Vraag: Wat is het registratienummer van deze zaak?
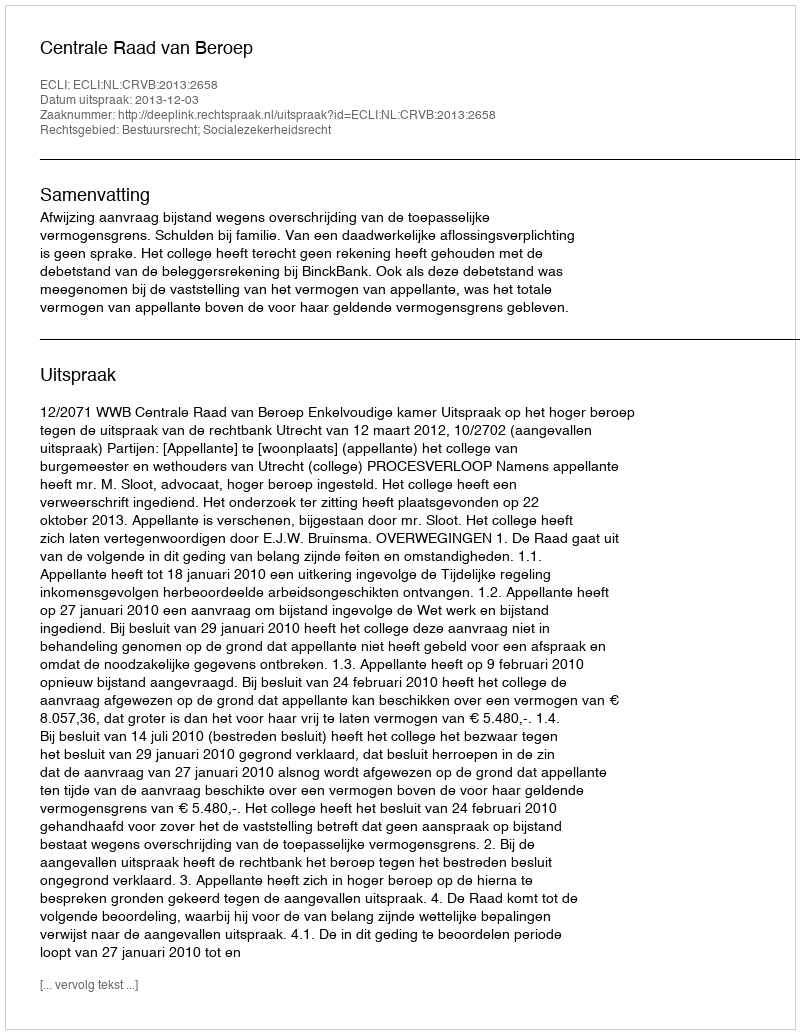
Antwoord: http://deeplink.rechtspraak.nl/uitspraak?id=ECLI:NL:CRVB:2013:2658